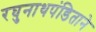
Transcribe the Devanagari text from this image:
रघुनाथपंडिताने